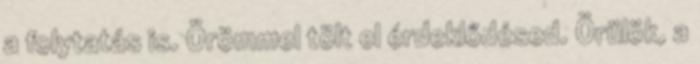
a folytatás is. Örömmel tölt el érdeklődésed. Örülök, a